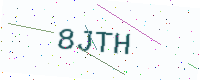
Text: 8JTH